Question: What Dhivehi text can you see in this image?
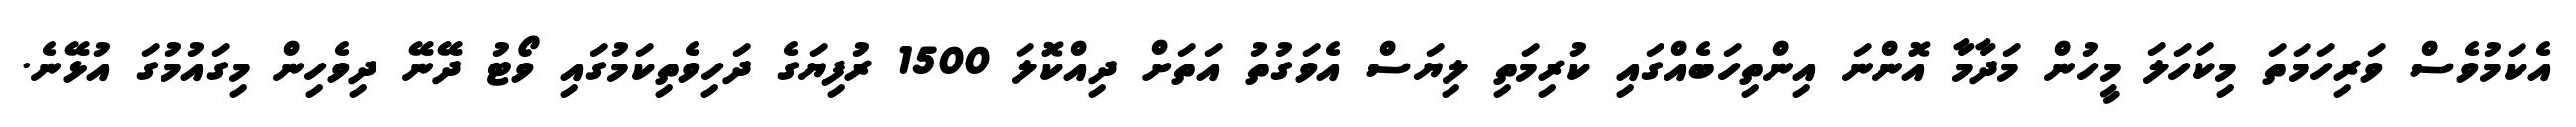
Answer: އެކަމުވެސް ވަރިހަމަތަ މިކަހަލަ މީހުން މަދާމާ އޮންނަ އިންތިހަބެއްގައި ކުރިމަތި ލިޔަސް އެވަގުތު އަތަށް ދިއްކޮލަ 1500 ރުފިޔަގެ ދަހިވެތިކަމުގައި ވޯޓު ދޭނޭ ދިވެހިން މިގައުމުގަ އުޅޭނެ.